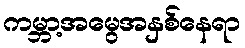
ကမ္ဘာ့အမွေအနှစ်နေရာ